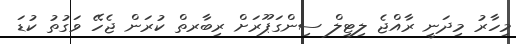
މިހާރު މިދަނީ ރާއްޖެ ލިޓިލް ސިންގަޕޫރަށް ރިބާރތް ކުރަން ޖެހޭ ވަގުތު ކުޑަ